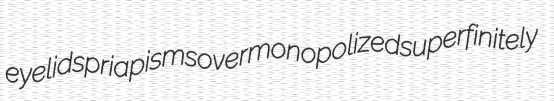
eyelids priapisms overmonopolized superfinitely